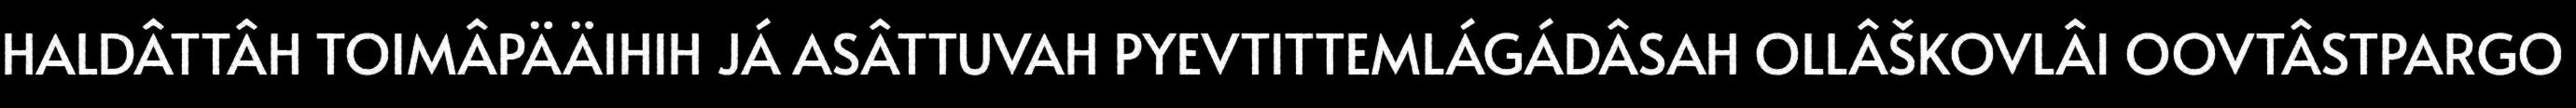
HALDÂTTÂH TOIMÂPÄÄIHIH JÁ ASÂTTUVAH PYEVTITTEMLÁGÁDÂSAH OLLÂŠKOVLÂI OOVTÂSTPARGO